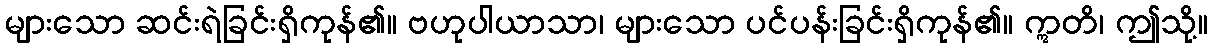
များသော ဆင်းရဲခြင်းရှိကုန်၏။ ဗဟုပါယာသာ၊ များသော ပင်ပန်းခြင်းရှိကုန်၏။ ဣတိ၊ ဤသို့။